system: You are a helpful assistant.
user:
Analyze the provided spectrum to determine if it is a **Carbon Star (C-type)**.

- **Key Visual Indicators of Carbon Star:**
    - **(Primary):** Strong molecular absorption from **C₂ (diatomic carbon) "Swan Bands."** This is the **defining feature** of a carbon star.
        - **(Key Bandheads):** Sharp absorption edges are visible at approximately $5635$ Å, $5165$ Å (the strongest band), and $4737$ Å.
        - **(Line Profile):** Creates a distinct **"saw-tooth"** pattern. The key morphology is a sharp, steep bandhead on the **red (long-wavelength) side**, which then gradually tapers off (i.e., flux recovers) towards the **blue (short-wavelength) side**. *(This is the direct opposite of the TiO bands seen in M-type stars)*.

    - **(Secondary):** Intense **CN (cyanogen)** molecular absorption bands.
        - **(Key Bandheads):** Located in the blue and violet regions of the spectrum (e.g., near $4215$ Å and $3883$ Å).
        - **(Morphology):** These bands are extremely broad and act as a "blanket," absorbing the vast majority of blue and violet light. This creates a characteristic **"cliff"** or **"steep drop-off"** in the spectrum's flux at short wavelengths.

    - **(Key Confirmation):** Strong **CH absorption band (G-band)**.
        - **(Key Bandhead):** Located around $4300$ Å. The contribution from CH molecules to this band is exceptionally strong.

    - **(Overall Spectrum):**
        - The continuum is severely "chopped up" by these deep molecular bands, especially C₂, rather than appearing as a smooth curve.
        - Due to the heavy CN and C₂ absorption in the blue-green, the vast majority of the star's flux is concentrated in the red part of the spectrum, giving the star its characteristic deep red color.

Think first, call **spectral_visualization_tool** if needed to examine features in detail, then provide your final answer. Your response must adhere to the following strict rules:
1.  **Overall Structure:** Your response must follow the format `<think>...</think> <tool_call>...</tool_call> (if a tool is used) <answer>...</answer>`.
2.  **Tool Usage Constraint:** You may only make **one** tool call per turn.
3.  **Final Answer Format:** In the `<answer>` tag, your conclusion must be inside a `\boxed{}` command (e.g., `\boxed{YES}`), followed by your justification.

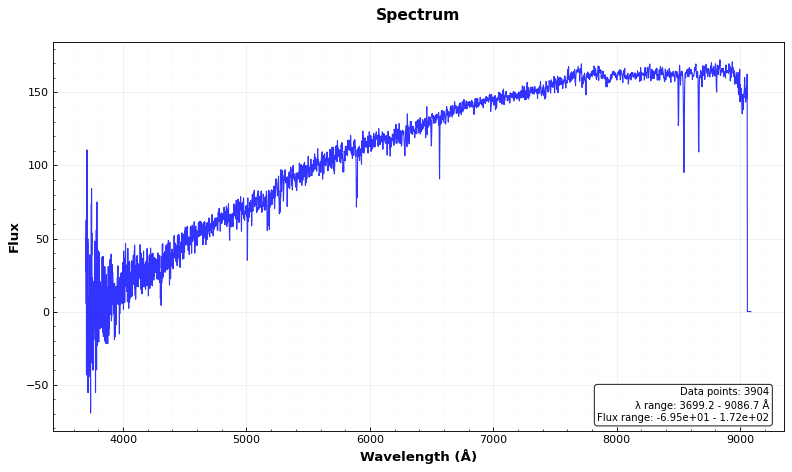
Answer: NO